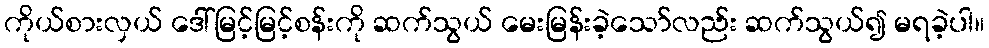
ကိုယ်စားလှယ် ဒေါ်မြင့်မြင့်စန်းကို ဆက်သွယ် မေးမြန်းခဲ့သော်လည်း ဆက်သွယ်၍ မရခဲ့ပါ။